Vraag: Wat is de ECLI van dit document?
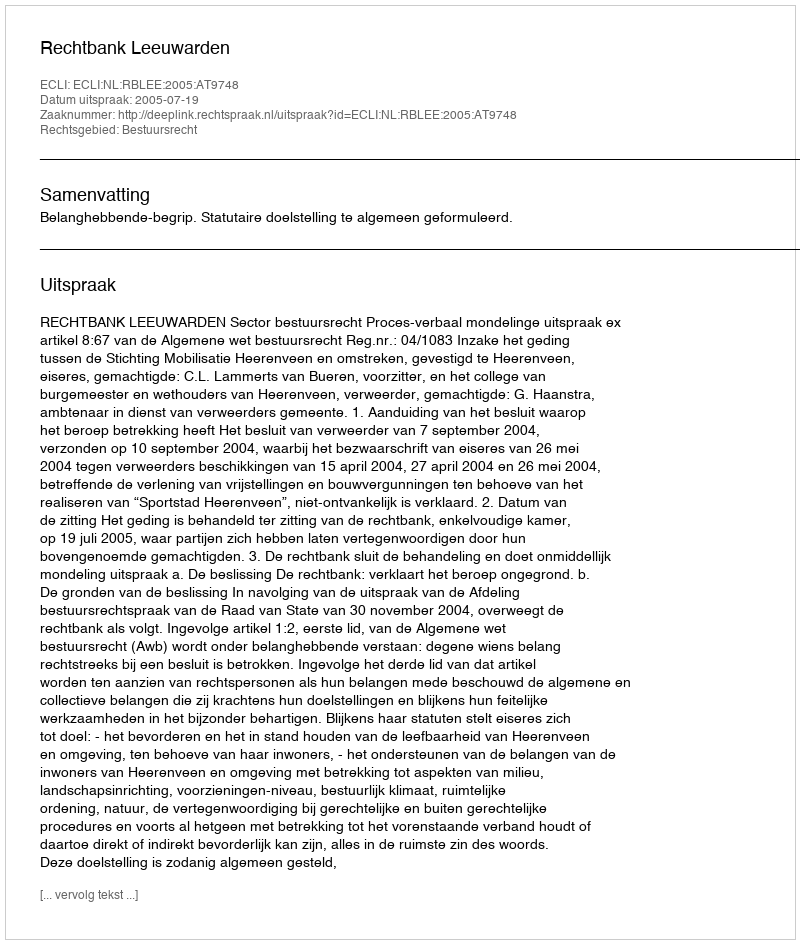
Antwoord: ECLI:NL:RBLEE:2005:AT9748